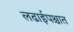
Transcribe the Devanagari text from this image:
लढाईपश्चात